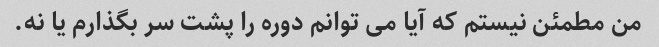
من مطمئن نیستم که آیا می توانم دوره را پشت سر بگذارم یا نه.